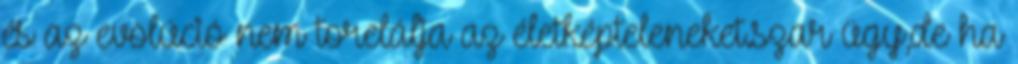
és az evolúció nem torelálja az életképteleneket.szar ügy,de ha